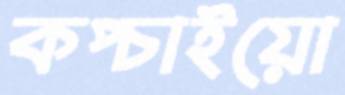
কপ্‌চাইয়ো